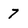
Character: 7